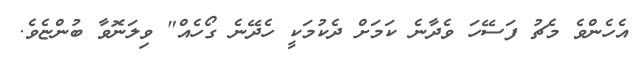
އެހެންވެ މެޗު ފަސޭހަ ވެދާނެ ކަމަށް ދެކުމަކީ ހެދޭނެ ގޯހެއް" ވިލަނޮވާ ބުންޏެވެ.